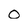
Character: O